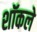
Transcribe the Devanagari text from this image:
शॉकले